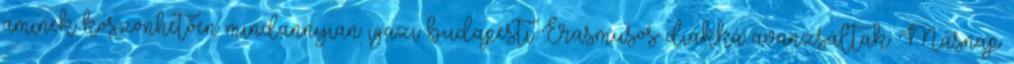
aminek köszönhetően mindannyian igazi budapesti Erasmusos diákká avanzsáltak. Másnap